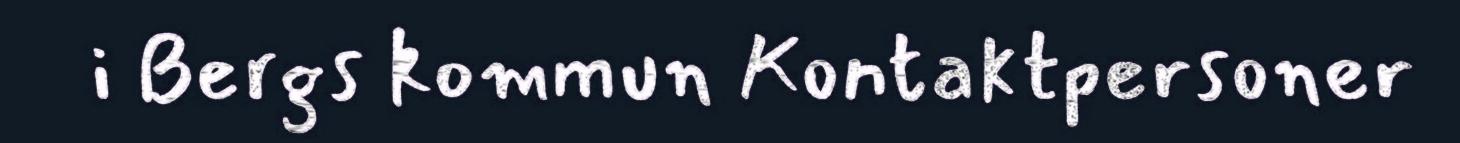
i Bergs kommun Kontaktpersoner